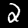
Label: 2